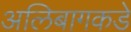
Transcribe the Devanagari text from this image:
अलिबागकडे